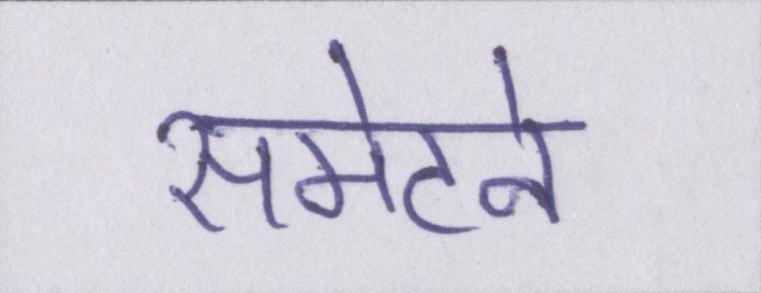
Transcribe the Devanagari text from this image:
समेटने